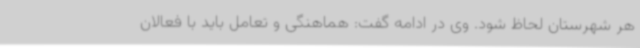
هر شهرستان لحاظ شود. وی در ادامه گفت: هماهنگی و تعامل باید با فعالان